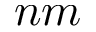
n m